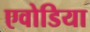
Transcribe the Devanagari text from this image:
एवोडिया